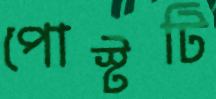
পোস্টটি